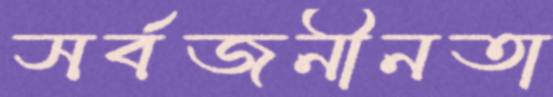
সর্বজনীনতা